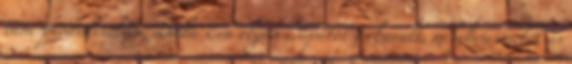
tánc-produkcióban, Duda Éva olyan csapatot verbuvált, melyben emelők és